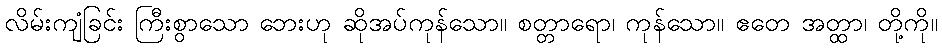
လိမ်းကျံခြင်း ကြီးစွာသော ဘေးဟု ဆိုအပ်ကုန်သော။ စတ္တာရော၊ ကုန်သော။ ဧတေ အတ္ထာ၊ တို့ကို။